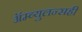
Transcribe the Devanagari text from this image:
ॲम्ब्युलन्सही